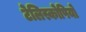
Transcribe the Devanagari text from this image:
टेलिस्कोपियो